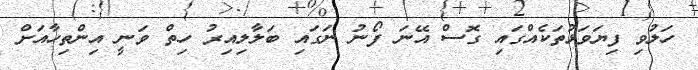
ހަލުވި ފިޔަވަޅުތަކެއްގައި ގޮސް އޭނަ ފޯނު ނަގައި ބަލާލިއިރު ހިތް ވަނީ އިންތިހާއަށް